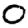
Digit: 0